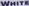
WHITE